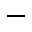
-